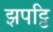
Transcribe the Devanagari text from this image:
झपट्टि